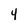
Character: 4